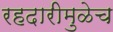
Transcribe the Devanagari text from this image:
रहदारीमुळेच